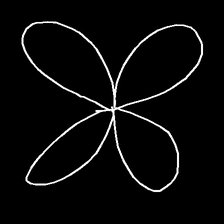
Glyph: billowing